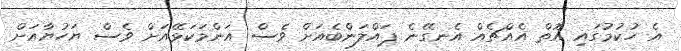
އެ ހުކުމުގައި އޮތް އެއްޗެއް އެނގޭނެ ޕައްލަންބެއަށް ވެސް އަންމަކަޅޭއަށް ވެސް ޔަހުޔާއަށް